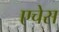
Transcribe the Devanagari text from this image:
एचेस